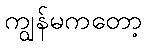
ကျွန်မကတော့